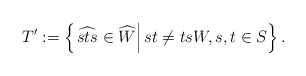
\begin{align*}T':=\left\{\left.\widehat{sts}\in \widehat{W}\right| st\neq ts\normalfont W, s,t\in S\right\}.\end{align*}